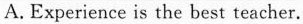
A.Experience is the best teacher.